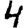
Digit: 4